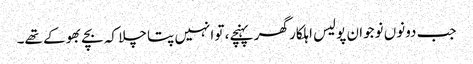
جب دونوں نوجوان پولیس اہلکار گھر پہنچے، تو انہیں پتا چلا کہ بچے بھوکے تھے۔